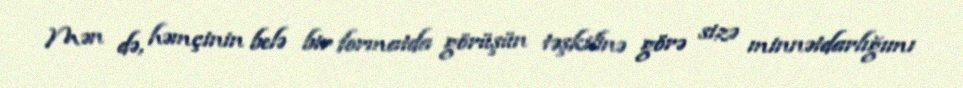
Mən də, həmçinin belə bir formatda görüşün təşkilinə görə sizə minnətdarlığımı